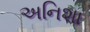
અનિશા